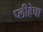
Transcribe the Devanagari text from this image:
प्लीहेचा